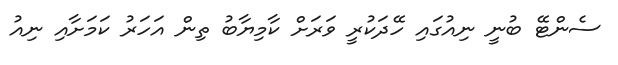
ސެންޓޭ ބުނީ ނިއުގައި ހޭދަކުރީ ވަރަށް ކާމިޔާބު ތިން އަހަރު ކަމަށާއި ނިއު